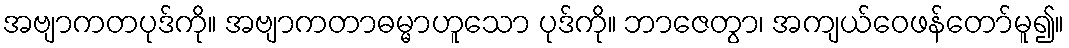
အဗျာကတပုဒ်ကို။ အဗျာကတာဓမ္မာဟူသော ပုဒ်ကို။ ဘာဇေတွာ၊ အကျယ်ဝေဖန်တော်မူ၍။